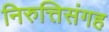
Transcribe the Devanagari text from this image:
निरुत्तिसंगह